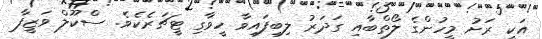
އަކީ ރަށު މީހުންގެ ލޯތްބާއި ގަދަރު ލިބިފައިވާ ހީވާގި ޓީޗަރެކެވެ. ސްކޫލް ވަޒީފާ